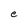
Character: e